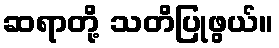
ဆရာတို့ သတိပြုဖွယ်။